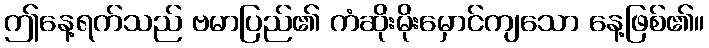
ဤနေ့ရက်သည် ဗမာပြည်၏ ကံဆိုးမိုးမှောင်ကျသော နေ့ဖြစ်၏။